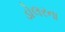
ડોલરના